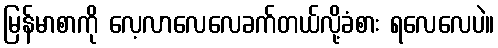
မြန်မာစာကို လေ့လာလေလေခက်တယ်လို့ခံစား ရလေလေပဲ။